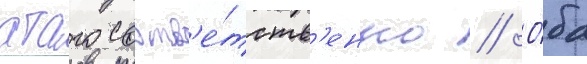
атаго соотв'е́тств'енно // О́ба